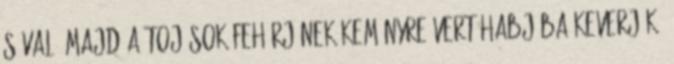
sóval, majd a tojások fehérjének keményre vert habjába keverjük.